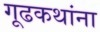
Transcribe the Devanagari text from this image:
गूढकथांना